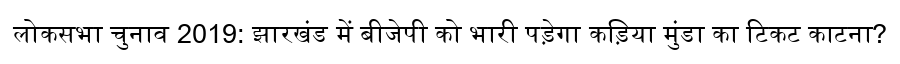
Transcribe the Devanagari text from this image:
लोकसभा चुनाव 2019: झारखंड में बीजेपी को भारी पड़ेगा कड़िया मुंडा का टिकट काटना?